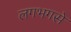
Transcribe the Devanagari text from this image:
लगभगसे